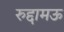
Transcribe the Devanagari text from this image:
रुद्दामऊ